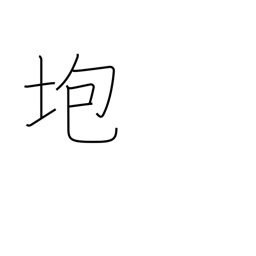
Meaning: collapse